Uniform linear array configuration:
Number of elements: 24
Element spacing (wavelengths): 0.75
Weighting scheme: kaiser
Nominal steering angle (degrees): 30
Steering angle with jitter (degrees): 31.016
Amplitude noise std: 0.05
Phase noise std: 0.05

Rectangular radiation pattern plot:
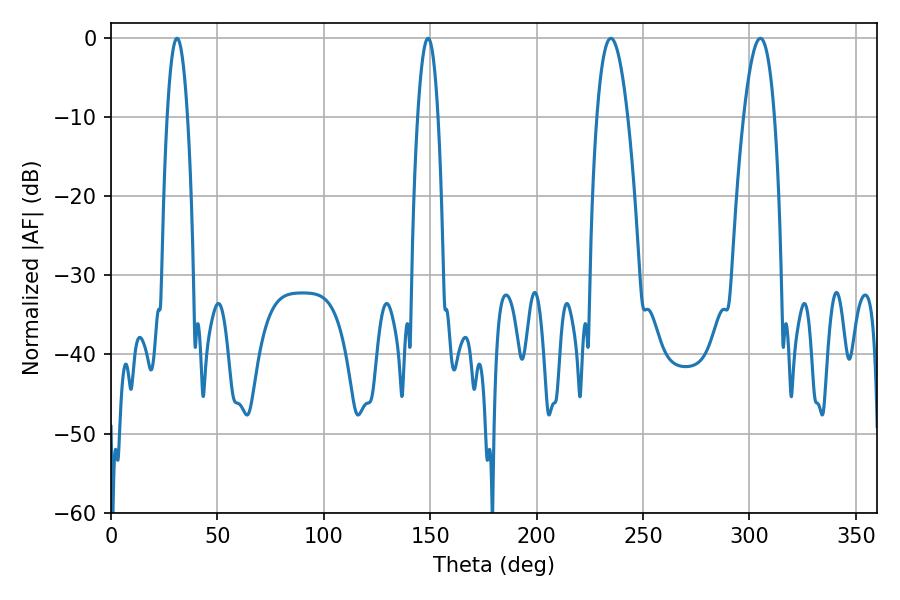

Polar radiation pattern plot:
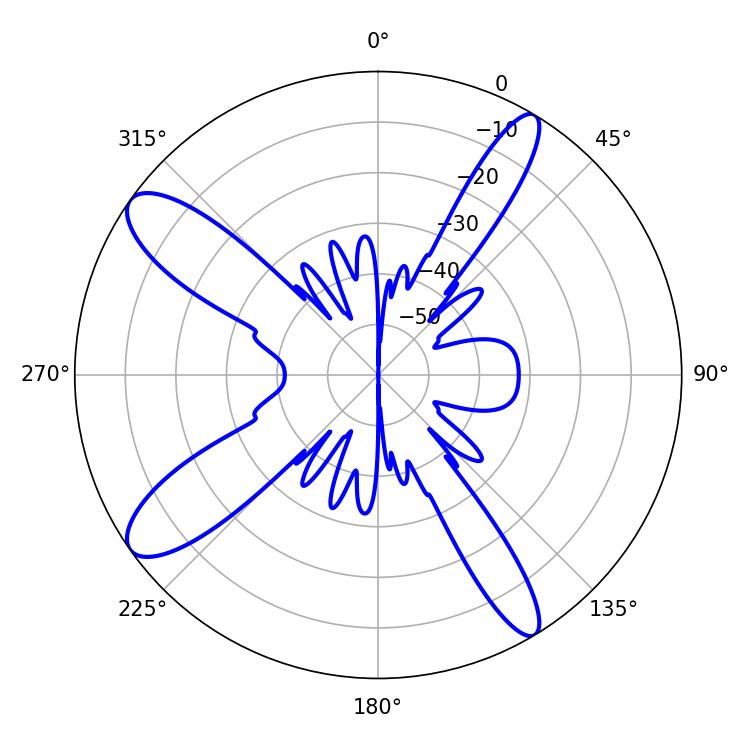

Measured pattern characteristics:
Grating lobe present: TRUE
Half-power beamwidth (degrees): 7.92
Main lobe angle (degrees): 234.9